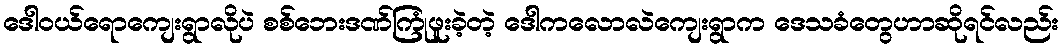
ဒေါဝယ်ရောကျေးရွာလိုပဲ စစ်ဘေးဒဏ်ကြုံဖူးခဲ့တဲ့ ဒေါကလောလဲကျေးရွာက ဒေသခံတွေဟာဆိုရင်လည်း